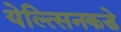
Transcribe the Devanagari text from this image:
येल्त्सिनकडे